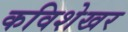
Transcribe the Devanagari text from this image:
कविशेखर